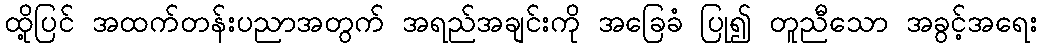
ထို့ပြင် အထက်တန်းပညာအတွက် အရည်အချင်းကို အခြေခံ ပြု၍ တူညီသော အခွင့်အရေး